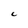
Character: C